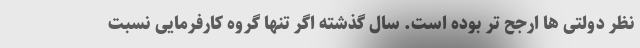
نظر دولتی ها ارجح تر بوده است. سال گذشته اگر تنها گروه کارفرمایی نسبت